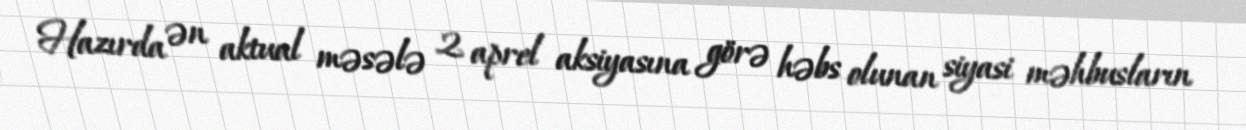
Hazırda ən aktual məsələ 2 aprel aksiyasına görə həbs olunan siyasi məhbusların